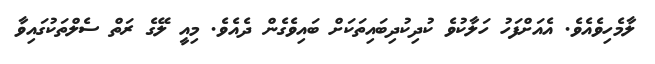
ލާމެހިވެއެވެ. އެއަށްފަހު ހަލާކުވެ ކުދިކުދިބައިތަކަށް ބައިވެގެން ދެއެވެ. މިއީ ލޭގެ ރަތް ސެލްތަކުގައިވާ